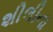
શીલીના